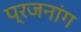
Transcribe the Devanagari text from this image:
प्रजनांग